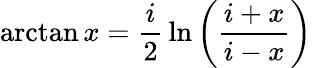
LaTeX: \arctan x={\frac{i}{2}}\ln\left({\frac{i+x}{i-x}}\right)